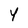
Character: Y